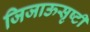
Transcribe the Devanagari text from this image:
जिजाऊसृष्टी